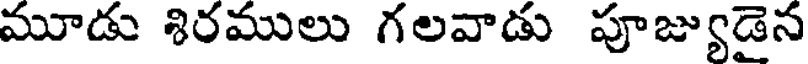
మూడు శిరములు గలవాడు పూజ్యుడైన